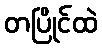
တပြိုင်ထဲ